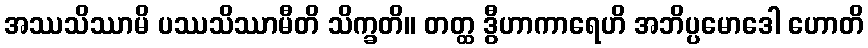
အဿသိဿာမိ ပဿသိဿာမီတိ သိက္ခတိ။ တတ္ထ ဒွီဟာကာရေဟိ အဘိပ္ပမောဒေါ ဟောတိ